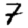
Digit: 7